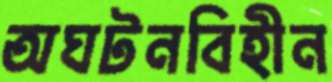
অঘটনবিহীন